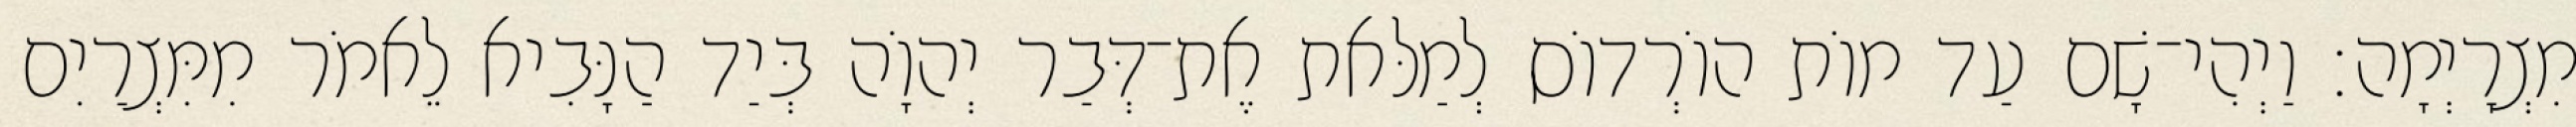
מִצְרָיְמָה׃ וַיְהִי־שָׁם עַד מוֹת הוֹרְדוֹס לְמַלּאת אֶת־דְּבַר יְהוָֹה בְּיַד הַנָּבִיא לֵאמֹר מִמִּצְרַיִם